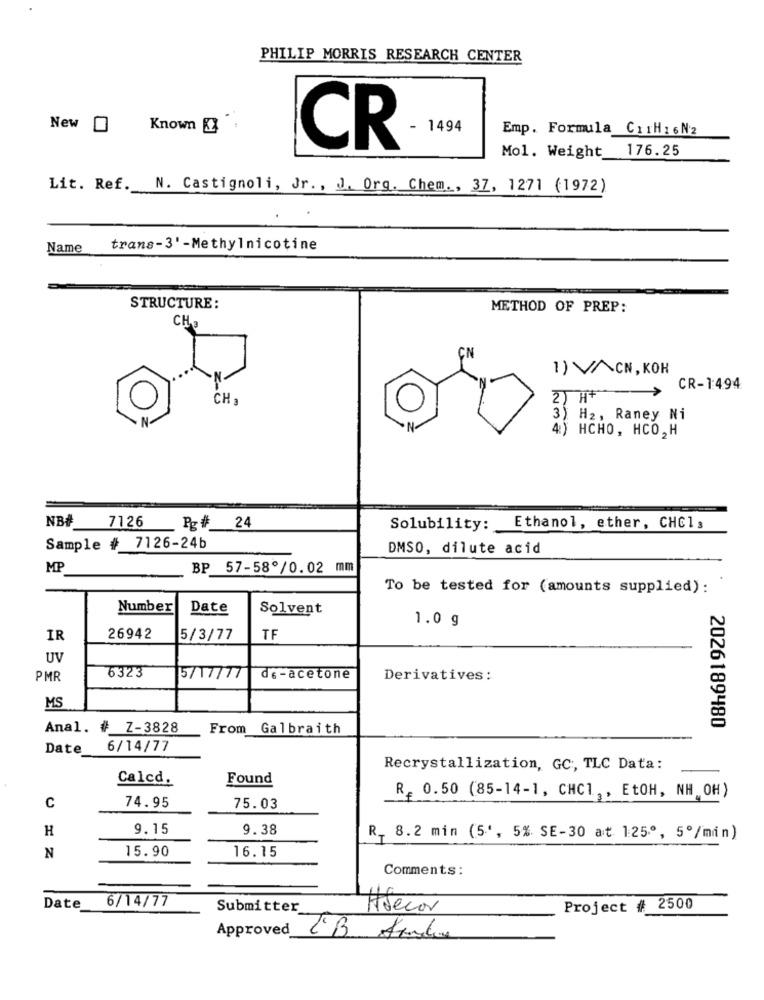
PHILIP MORRIS RESEARCH CENTER
New O
Known
- 1494
Emp. Formula CirH16N2
CR
Mol. Weight 176.25
Lit. Ref.
N. Castignoli, Jr ., J. Org. Chem ., 37, 1271 (1972)
Name
trans-3'-Methylnicotine
STRUCTURE:
METHOD OF PREP:
CH
1) VACN, KOH
CR-1:494
CH a
2) H+
3) H2, Raney Ni
4) HCHO, HCO, H
NB#
7126
Pg# 24
Solubility: Ethanol, ether, CHCI,
Sample # 7126-24b
DMSO, dilute acid
MP
BP 57-58º/0.02 mm
To be tested for (amounts supplied) :
Number
Date
Solvent
1.0 g
IR
26942
5/3/77
TF
UV
6323
PMR
5/17/77
de - acetone
Derivatives:
MS
2026189480
Anal. # Z-3828
From Galbraith
Date
6/14/77
Recrystallization, GC, TLC Data:
Calcd.
Found
C
R. 0.50 (85-14-1, CHCI ,, EtOH, NH OH)
74.95
75.03
H
9.15
9.38
R_ 8.2 min (5', 5% SE-30 at 125º, 5º/min)
15.90
16.15
N
Comments:
Date
6/14/77
Submitter
Adecor
Project # 2500
Approved